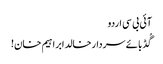
آئی بی سی اردو
گُڈ بائے سردارخالد ابراہیم خان!